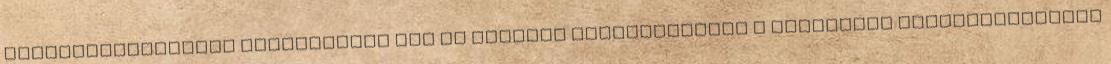
önkormányzatokkal fizettessék meg az iskolák államosítását A Párbeszéd Magyarországért